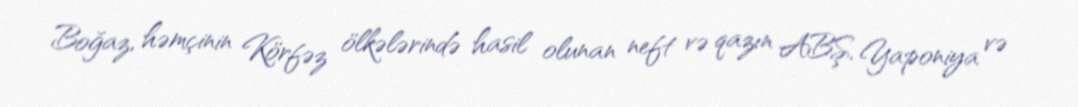
Boğaz, həmçinin Körfəz ölkələrində hasil olunan neft və qazın ABŞ, Yaponiya və